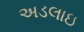
અડલાઇ